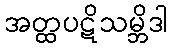
အတ္ထပဋိသမ္ဘိဒါ